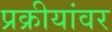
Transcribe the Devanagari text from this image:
प्रक्रीयांवर